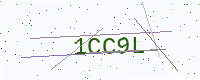
Text: 1CC9L